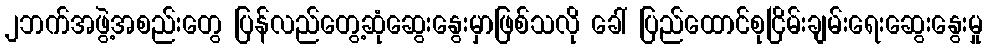
၂ဘက်အဖွဲ့အစည်းတွေ ပြန်လည်တွေ့ဆုံဆွေးနွေးမှာဖြစ်သလို ခေါ် ပြည်ထောင်စုငြိမ်းချမ်းရေးဆွေးနွေးမှု